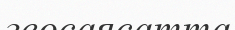
геосаясатта